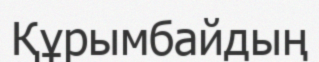
Құрымбайдың